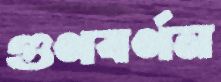
গুণবর্ণন